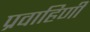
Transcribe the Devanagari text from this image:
प्रवाहिणी